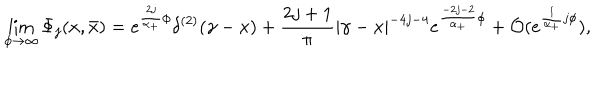
\lim _ { \phi \rightarrow \infty } \Phi _ { j } ( x , \bar { x } ) = e ^ { \frac { 2 j } { \alpha _ { + } } \phi } \delta ^ { ( 2 ) } ( \gamma - x ) + \frac { 2 j + 1 } { \pi } \left| \gamma - x \right| ^ { - 4 j - 4 } e ^ { \frac { - 2 j - 2 } { \alpha _ { + } } \phi } + { \cal O } ( e ^ { \frac 1 { \alpha _ { + } } j \phi } ) ,